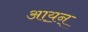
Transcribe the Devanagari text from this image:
आय॒न्